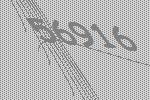
56916